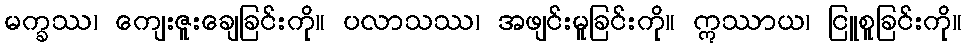
မက္ခဿ၊ ကျေးဇူးချေခြင်းကို။ ပလာသဿ၊ အဖျင်းမူခြင်းကို။ ဣဿာယ၊ ငြူစူခြင်းကို။